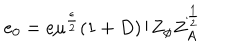
e _ { 0 } = e \mu ^ { \frac { \epsilon } { 2 } } ( 1 + D ) / Z _ { \phi } Z _ { A } ^ { \frac { 1 } { 2 } }